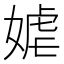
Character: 𱙞